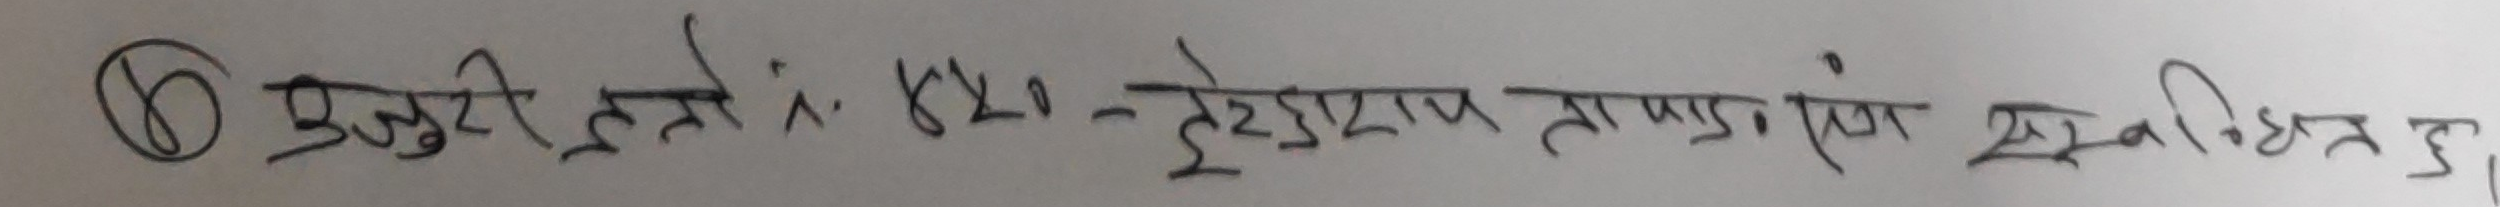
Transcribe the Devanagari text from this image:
६ फरवरी ईसवी १८२० - टेरेस्टियल तापमान मापन संबंधित भयो ।